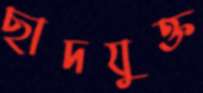
ছাদযুক্ত